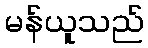
မန်ယူသည်